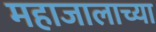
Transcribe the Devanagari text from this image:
महाजालाच्या